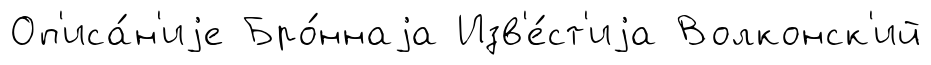
Оп'иса́н'иjе Бро́ннаjа Изв'е́ст'иjа Волконск'ий